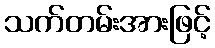
သက်တမ်းအားဖြင့်